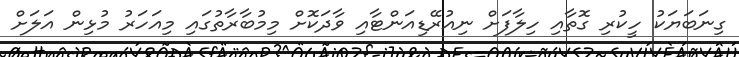
ގިނަބަޔަކު ހީކުރި ގޮތާއި ހިލާފަށް ނިއުރޭޑިއަންޓާއި ވާދަކޮށް މިމުބާރާތުގައި މިއަހަރު މުޅިން އަލަށް